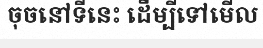
ចុចនៅទីនេះ ដើម្បីទៅមើល